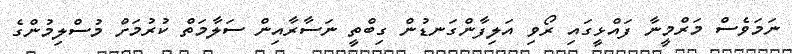
ނަމަވެސް މަރްމީނާ ފައްޅީގައި ރޯވި އަލިފާންގަނޑުން ގިބްތީ ނަސާރާއިން ސަލާމަތް ކުރުމަށް މުސްލިމުންގެ